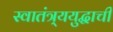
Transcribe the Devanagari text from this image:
स्वातंत्र्ययुद्धाची